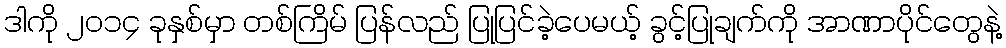
ဒါကို ၂၀၁၄ ခုနှစ်မှာ တစ်ကြိမ် ပြန်လည် ပြုပြင်ခဲ့ပေမယ့် ခွင့်ပြုချက်ကို အာဏာပိုင်တွေနဲ့